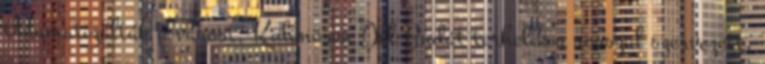
traumatizálták a várost. Különösen Dél-Budát terhelik a rosszul szervezett,